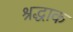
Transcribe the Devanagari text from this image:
श्रद्धाक